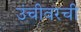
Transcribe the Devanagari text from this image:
उंचीवरची